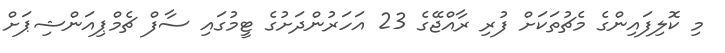
މި ކޮލިފައިންގެ މެޗުތަކަށް ފުރި ރާއްޖޭގެ 23 އަހަރުންދަށުގެ ޓީމުގައި ސާފް ޗެމްޕިއަންޝިޕަށް